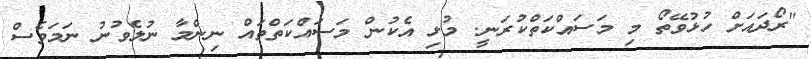
"ރޯދައަށް ހުޅުވޭތޯ މި މަސައްކަތްކުރަނީ. މުޅި އެކުން މަސައްކަތްތައް ނިންމާ ނުލެވުނު ނަމަވެސް